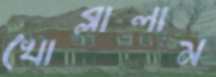
খোব্‌লালাম